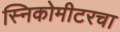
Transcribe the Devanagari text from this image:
स्निकोमीटरचा